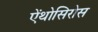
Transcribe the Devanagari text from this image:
ऐंथोसिरोस